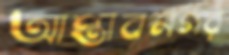
আপ্তাবনগর